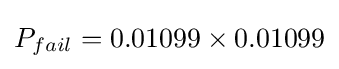
P_{fail}=0.01099\times 0.01099